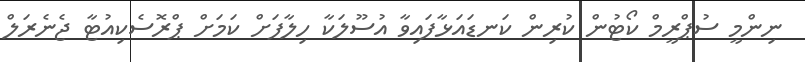
ނިންމީ ސުޕްރީމް ކޯޓުން ކުރިން ކަނޑައަޅާފައިވާ އުސޫލަކާ ހިލާފަށް ކަމަށް ޕްރޮސެކިއުޓާ ޖެނެރަލް